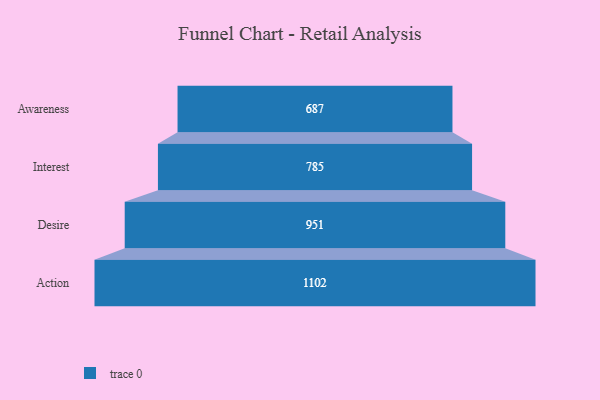
{"axis": {"x": "Stage", "y": "Value"}, "legend": [""], "data": [{"x": "Awareness", "y": 687.0, "type": ""}, {"x": "Interest", "y": 785.0, "type": ""}, {"x": "Desire", "y": 951.0, "type": ""}, {"x": "Action", "y": 1102.0, "type": ""}]}